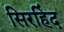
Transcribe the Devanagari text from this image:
सिरहिंद